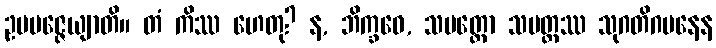
ဥပပဇ္ဇေယျာတိ။ တံ ကိဿ ဟေတု? န, ဘိက္ခဝေ, သပတ္တော သပတ္တဿ သုဂတိဂမနေန